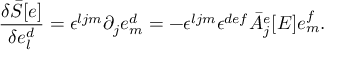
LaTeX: \frac { \delta { \bar { S } } [ e ] } { \delta e _ { l } ^ { d } } = \epsilon ^ { l j m } \partial _ { j } e _ { m } ^ { d } = - \epsilon ^ { l j m } \epsilon ^ { d e f } { \bar { A } } _ { j } ^ { e } [ E ] e _ { m } ^ { f } .